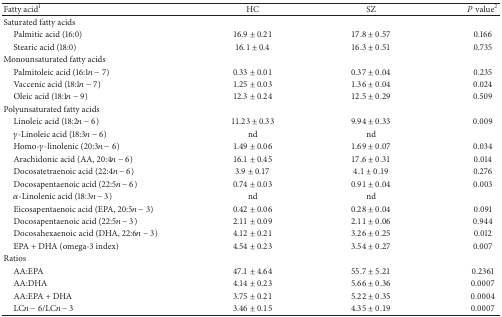
<table><thead><tr><td><b>Fatty acid<sup>1</sup></b></td><td><b>HC</b></td><td><b>SZ</b></td><td><b><i>P</i> value<sup>2</sup></b></td></tr></thead><tbody><tr><td>Saturated fatty acids</td><td> </td><td> </td><td> </td></tr><tr><td> Palmitic acid (16:0)</td><td>16.9 ± 0.21</td><td>17.8 ± 0.57</td><td>0.166</td></tr><tr><td> Stearic acid (18:0)</td><td>16.1 ± 0.4</td><td>16.3 ± 0.51</td><td>0.735</td></tr><tr><td>Monounsaturated fatty acids</td><td> </td><td> </td><td> </td></tr><tr><td> Palmitoleic acid (16:1<i>n</i> − 7)</td><td>0.33 ± 0.01</td><td>0.37 ± 0.04</td><td>0.235</td></tr><tr><td> Vaccenic acid (18:1<i>n</i> − 7)</td><td>1.25 ± 0.03</td><td>1.36 ± 0.04</td><td>0.024</td></tr><tr><td> Oleic acid (18:1<i>n</i> − 9)</td><td>12.3 ± 0.24</td><td>12.5 ± 0.29</td><td>0.509</td></tr><tr><td>Polyunsaturated fatty acids</td><td> </td><td> </td><td> </td></tr><tr><td> Linoleic acid (18:2<i>n</i> − 6)</td><td>11.23 ± 0.33</td><td>9.94 ± 0.33</td><td>0.009</td></tr><tr><td> <i>γ</i>-Linoleic acid (18:3<i>n</i> − 6)</td><td>nd</td><td>nd</td><td> </td></tr><tr><td> Homo-<i>γ</i>-linolenic (20:3<i>n</i> − 6)</td><td>1.49 ± 0.06</td><td>1.69 ± 0.07</td><td>0.034</td></tr><tr><td> Arachidonic acid (AA, 20:4<i>n</i> − 6)</td><td>16.1 ± 0.45</td><td>17.6 ± 0.31</td><td>0.014</td></tr><tr><td> Docosatetraenoic acid (22:4<i>n</i> − 6)</td><td>3.9 ± 0.17</td><td>4.1 ± 0.19</td><td>0.276</td></tr><tr><td> Docosapentaenoic acid (22:5<i>n</i> − 6)</td><td>0.74 ± 0.03</td><td>0.91 ± 0.04</td><td>0.003</td></tr><tr><td> <i>α</i>-Linolenic acid (18:3<i>n</i> − 3)</td><td>nd</td><td>nd</td><td> </td></tr><tr><td> Eicosapentaenoic acid (EPA, 20:5<i>n</i> − 3)</td><td>0.42 ± 0.06</td><td>0.28 ± 0.04</td><td>0.091</td></tr><tr><td> Docosapentaenoic acid (22:5<i>n</i> − 3)</td><td>2.11 ± 0.09</td><td>2.11 ± 0.06</td><td>0.944</td></tr><tr><td> Docosahexaenoic acid (DHA, 22:6<i>n</i> − 3)</td><td>4.12 ± 0.21</td><td>3.26 ± 0.25</td><td>0.012</td></tr><tr><td> EPA + DHA (omega-3 index)</td><td>4.54 ± 0.23</td><td>3.54 ± 0.27</td><td>0.007</td></tr><tr><td>Ratios</td><td> </td><td> </td><td> </td></tr><tr><td> AA:EPA</td><td>47.1 ± 4.64</td><td>55.7 ± 5.21</td><td>0.2361</td></tr><tr><td> AA:DHA</td><td>4.14 ± 0.23</td><td>5.66 ± 0.36</td><td>0.0007</td></tr><tr><td> AA:EPA + DHA</td><td>3.75 ± 0.21</td><td>5.22 ± 0.35</td><td>0.0004</td></tr><tr><td> LC<i>n</i> − 6/LC<i>n</i> − 3</td><td>3.46 ± 0.15</td><td>4.35 ± 0.19</td><td>0.0007</td></tr></tbody></table>